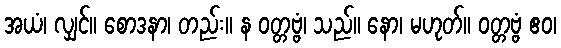
အယံ၊ လျှင်။ စောဒနာ၊ တည်း။ န ဝတ္တဗ္ဗံ၊ သည်။ နော၊ မဟုတ်။ ဝတ္တဗ္ဗံ ဧဝ၊